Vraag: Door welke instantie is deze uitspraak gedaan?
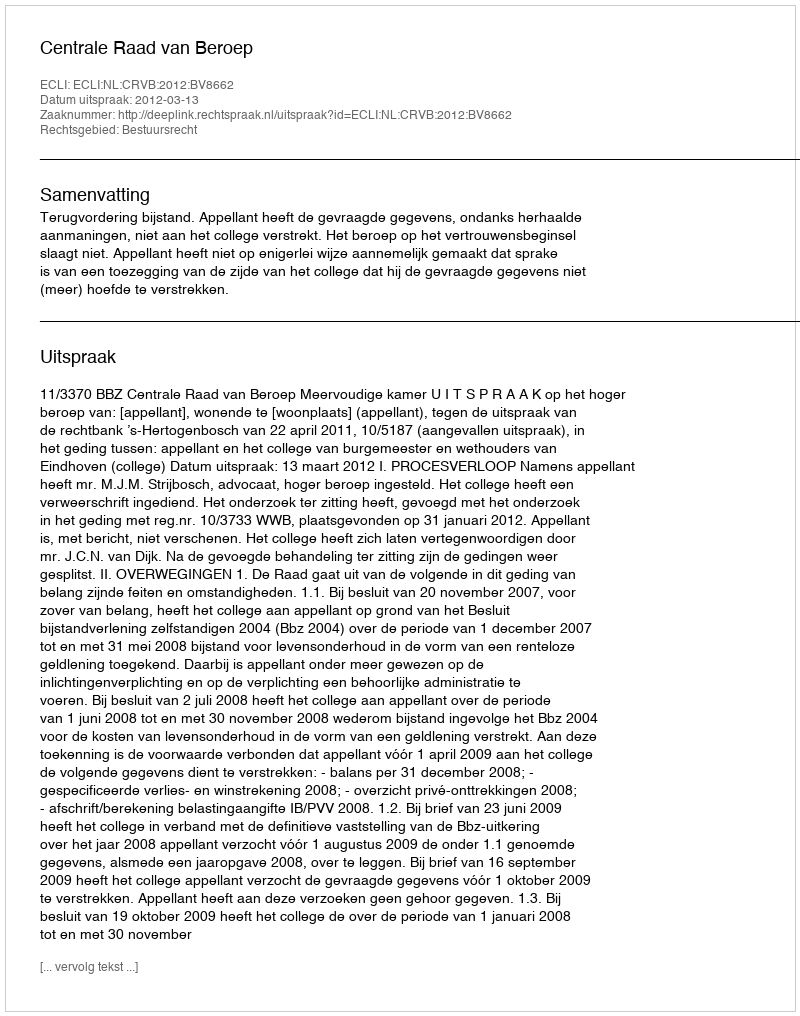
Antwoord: Centrale Raad van Beroep